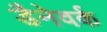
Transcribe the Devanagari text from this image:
डैनेवर्क